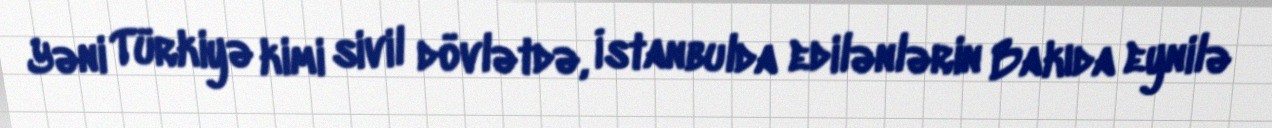
Yəni Türkiyə kimi sivil dövlətdə, İstanbulda edilənlərin Bakıda eynilə